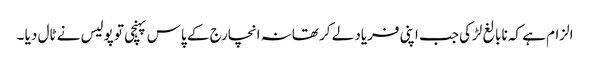
الزام ہے کہ نابالغ لڑکی جب اپنی فریاد لے کر تھانہ انچارج کے پاس پہنچی تو پولیس نے ٹال دیا ۔